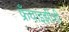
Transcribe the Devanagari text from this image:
फ्रँचाइझींशी